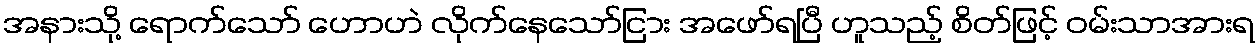
အနားသို့ ရောက်သော် ဟောဟဲ လိုက်နေသော်ငြား အဖော်ရပြီ ဟူသည့် စိတ်ဖြင့် ဝမ်းသာအားရ